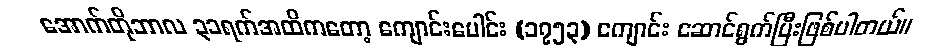
အောက်တိုဘာလ ၃၁ရက်အထိကတော့ ကျောင်းပေါင်း (၁၇၅၃) ကျောင်း ဆောင်ရွက်ပြီးဖြစ်ပါတယ်။